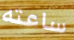
ساعته